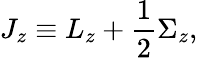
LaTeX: J_{z}\equiv L_{z}+{\frac{1}{2}}\Sigma_{z},